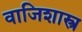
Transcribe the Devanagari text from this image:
वाजिशास्त्र